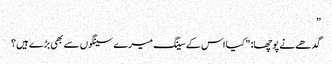
”
گدھے نے پوچھا: "کیا اس کے سینگ میرے سینگوں سے بھی بڑے ہیں؟